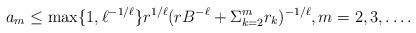
LaTeX: \begin{align*} a_m \leq \max\{1,\ell^{-1/\ell}\}r^{1/\ell}(rB^{-\ell}+\Sigma_{k=2}^m r_k)^{-1/\ell}, m=2,3, \ldots. \end{align*}